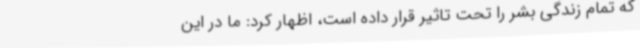
که تمام زندگی بشر را تحت تاثیر قرار داده است، اظهار کرد: ما در این